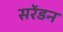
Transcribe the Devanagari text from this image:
सरेंडन